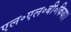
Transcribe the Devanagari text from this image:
एल॰एल॰बी॰किया।